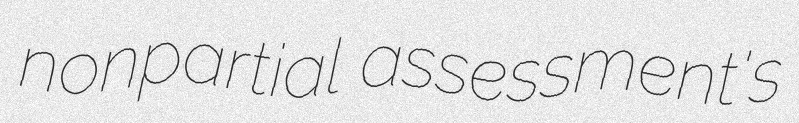
nonpartial assessment's